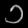
Digit: ၁